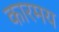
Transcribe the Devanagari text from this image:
कारमय